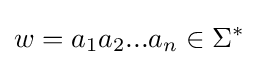
w=a_{1}a_{2}...a_{n}\in \Sigma ^{*}